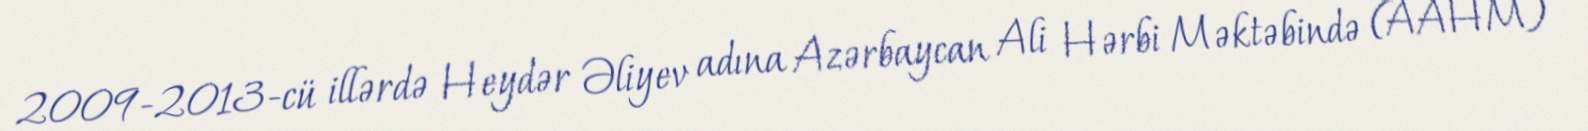
2009-2013-cü illərdə Heydər Əliyev adına Azərbaycan Ali Hərbi Məktəbində (AAHM)